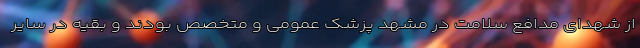
از شهدای مدافع سلامت در مشهد پزشک عمومی و متخصص بودند و بقیه در سایر